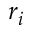
r _ { i }